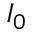
I _ { 0 }